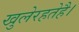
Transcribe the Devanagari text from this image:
खुलेरहतेहै।